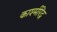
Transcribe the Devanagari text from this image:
काश्मीरेंद्र